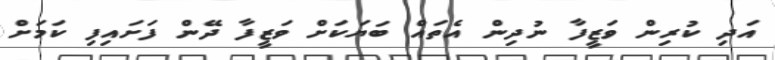
އަދި ކުރިން ވަޒީފާ ނުދިން އެތައް ބަޔަކަށް ވަޒީފާ ދޭން ފަށައިފި ކަމަށް